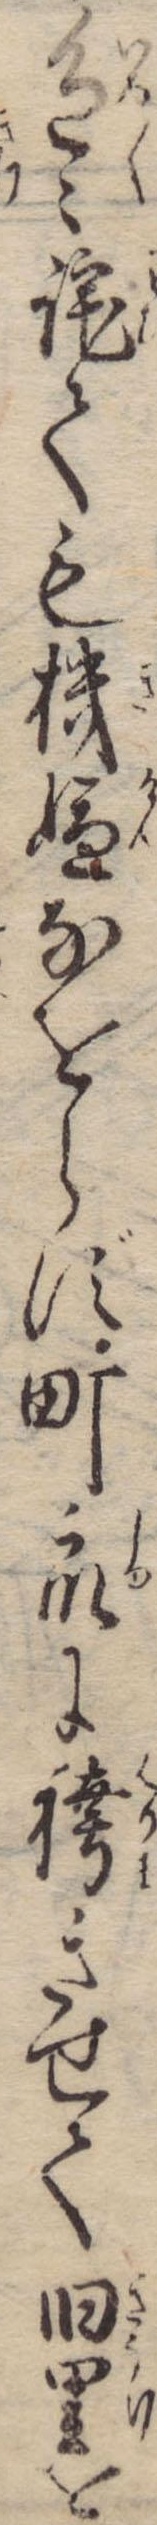
色々詫ても機嫌なをらず町衆に袴きせて旧里を